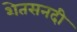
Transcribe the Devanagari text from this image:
शेतसनदी